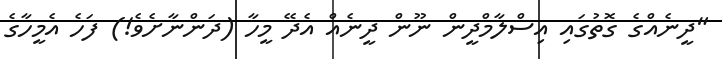
"ދީނެއްގެ ގޮތުގައި އިސްލާމްދީން ނޫން ދީނެއް އެދޭ މީހާ (ދަންނާށެވެ!) ފަހެ އެމީހާގެ